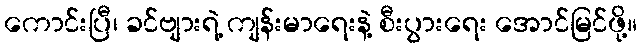
ကောင်းပြီ၊ ခင်ဗျားရဲ့ ကျန်းမာရေးနဲ့ စီးပွားရေး အောင်မြင်ဖို့။